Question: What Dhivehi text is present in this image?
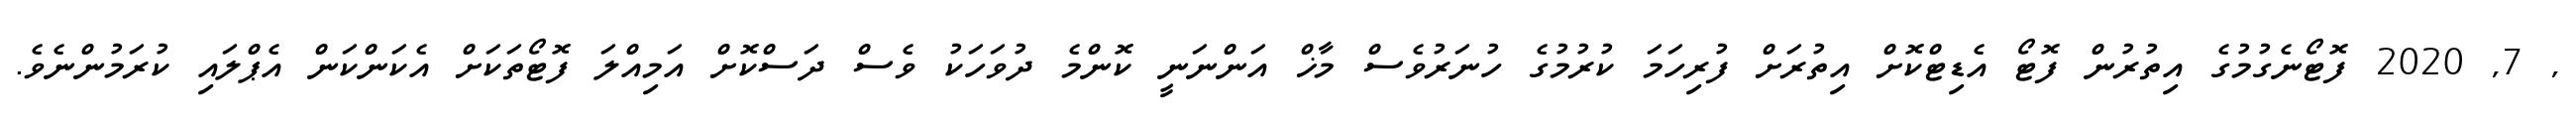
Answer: , 7, 2020 ފޮޓޯނެގުމުގެ އިތުރުން ފޮޓޯ އެޑިޓްކޮށް އިތުރަށް ފުރިހަމަ ކުރުމުގެ ހުނަރުވެސް މާޚް އަންނަނީ ކޮންމެ ދުވަހަކު ވެސް ދަސްކޮށް އަމިއްލަ ފޮޓޯތަކަށް އެކަންކަން އެޕްލައި ކުރަމުންނެވެ.